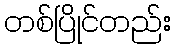
တစ်ပြိုင်တည်း